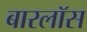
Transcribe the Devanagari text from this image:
बारलॉस